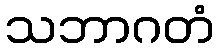
သဘာဂတံ